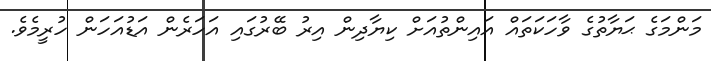
މަންމަގެ ޙަޔާތުގެ ވާހަކަތައް އައިންތުއަށް ކިޔާދިން އިރު ބޭރުގައި އަހަރެން އަޑުއަހަން ހުރީމެވެ.